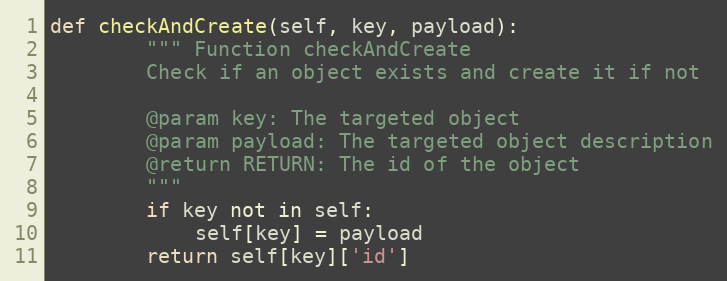
Language: Python
def checkAndCreate(self, key, payload):
        """ Function checkAndCreate
        Check if an object exists and create it if not

        @param key: The targeted object
        @param payload: The targeted object description
        @return RETURN: The id of the object
        """
        if key not in self:
            self[key] = payload
        return self[key]['id']